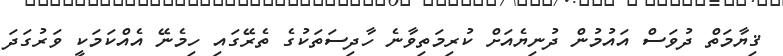
ޤިޔާމަތް ދުވަސް އައުމުން ދުނިޔެއަށް ކުރިމަތިވާނެ ހާދިސަތަކުގެ ތެރޭގައި ހިމެނޭ އެއްކަމަކީ ވަރުގަދަ